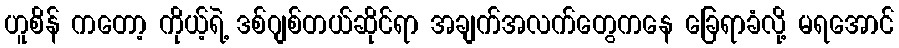
ဟူစိန် ကတော့ ကိုယ့်ရဲ့ ဒစ်ဂျစ်တယ်ဆိုင်ရာ အချက်အလက်တွေကနေ ခြေရာခံလို့ မရအောင်